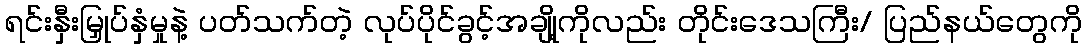
ရင်းနှီးမြှုပ်နှံမှုနဲ့ ပတ်သက်တဲ့ လုပ်ပိုင်ခွင့်အချို့ကိုလည်း တိုင်းဒေသကြီး/ ပြည်နယ်တွေကို